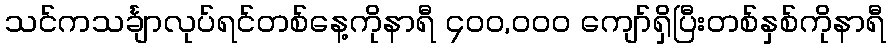
သင်ကသင်္ချာလုပ်ရင်တစ်နေ့ကိုနာရီ ၄၀၀,၀၀၀ ကျော်ရှိပြီးတစ်နှစ်ကိုနာရီ